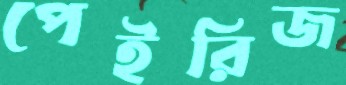
পেইরিজ